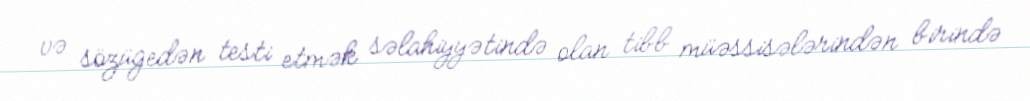
və sözügedən testi etmək səlahiyyətində olan tibb müəssisələrindən birində